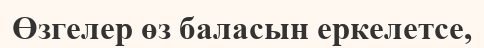
Өзгелер өз баласын еркелетсе,